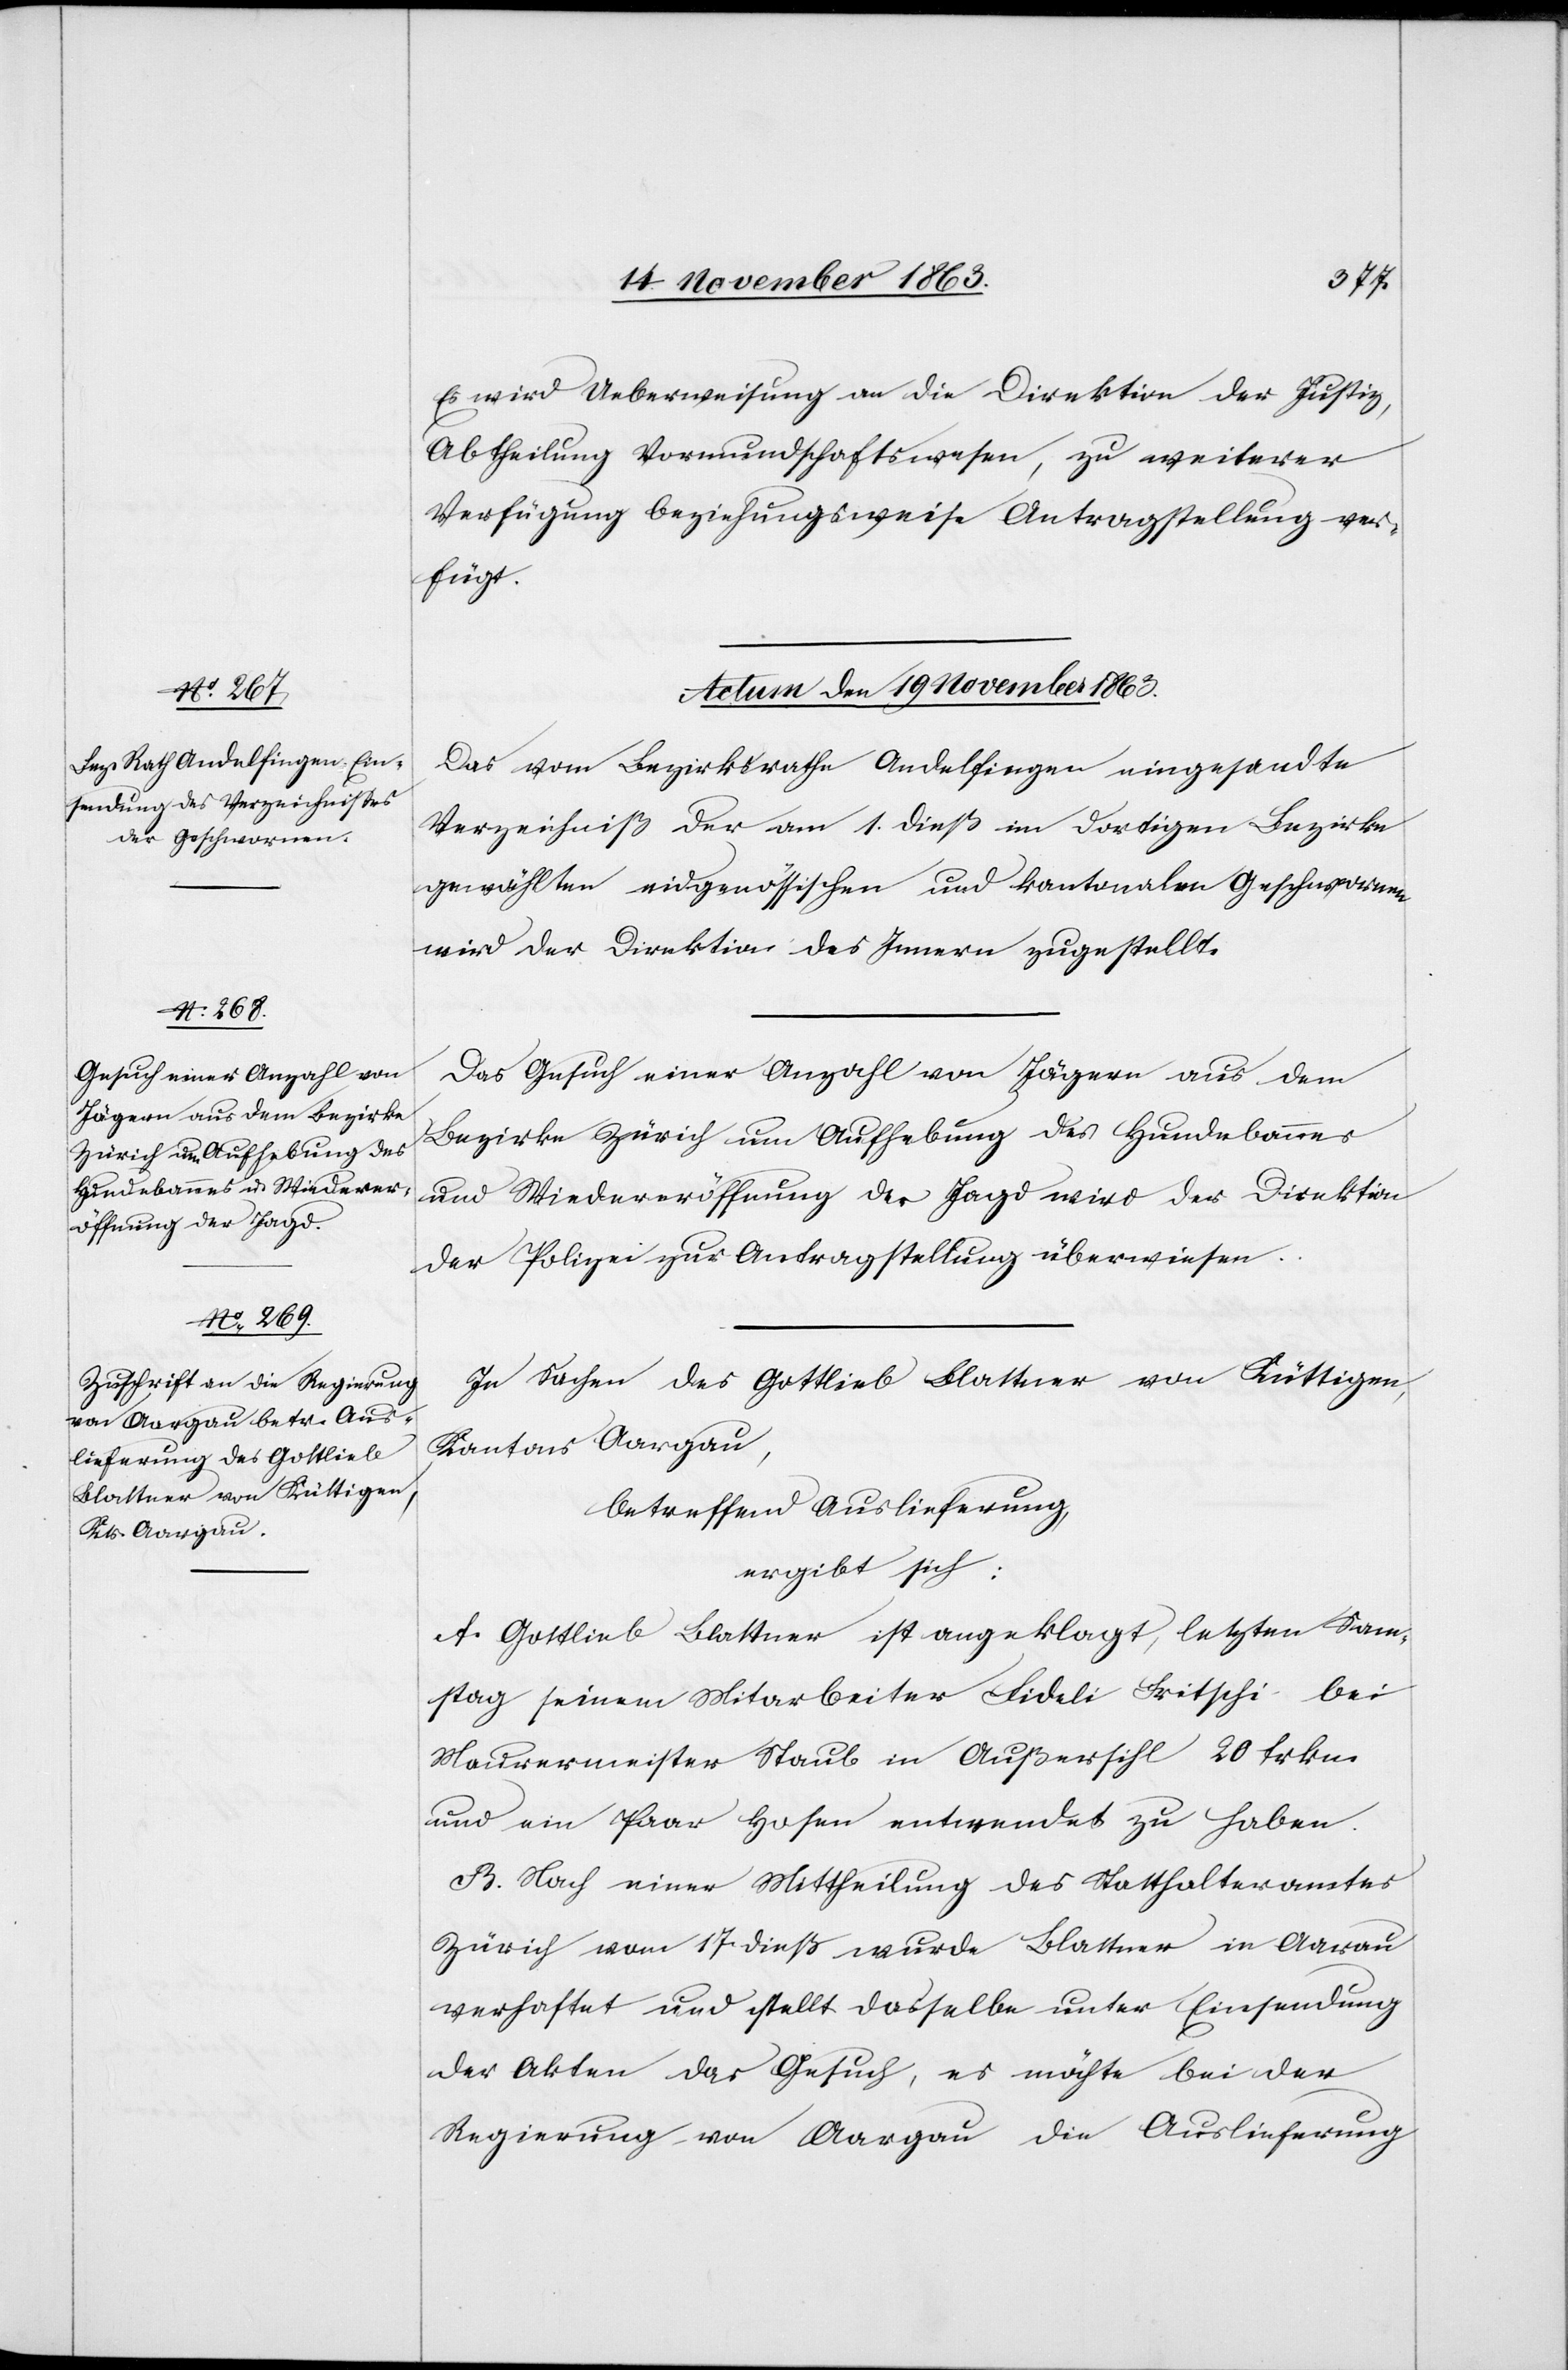
Es wird Ueberweisung an die Direktion der Justiz,
Abtheilung Vormundschaftswesen, zu weiterer
Verfügung beziehungsweise Antragstellung ver¬
fügt.
Actum den 19 November 1863.]
Das vom Bezirksrathe Andelfingen eingesandte
Verzeichniß der am 1. dieß im dortigen Bezirke
gewählten eidgenössischen und kantonalen Geschwornen
wird der Direktion des Innern zugestellt.
Das Gesuch einer Anzahl von Jägern aus dem
Bezirke Zürich um Aufhebung des Hundebannes
und Wiedereröffnung der Jagd wird der Direktion
der Polizei zur Antragstellung überwiesen.
In Sachen des Gottlieb Blattner von Küttigen,
Kantons Aargau,
betreffend Auslieferung
ergibt sich:
A. Gottlieb Blattner ist angeklagt, letzten Sam¬
stag seinem Mitarbeiter Fideli Fritschi bei
Maurermeister Staub in Außersihl 20 frkn.
und ein Paar Hosen entwendet zu haben.
B. Nach einer Mittheilung des Statthalteramtes
Zürich vom 17. dieß wurde Blattner in Aarau
verhaftet und stellt dasselbe unter Einsendung
der Akten das Gesuch, es möchte bei der
Regierung von Aargau die Auslieferung